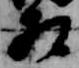
相